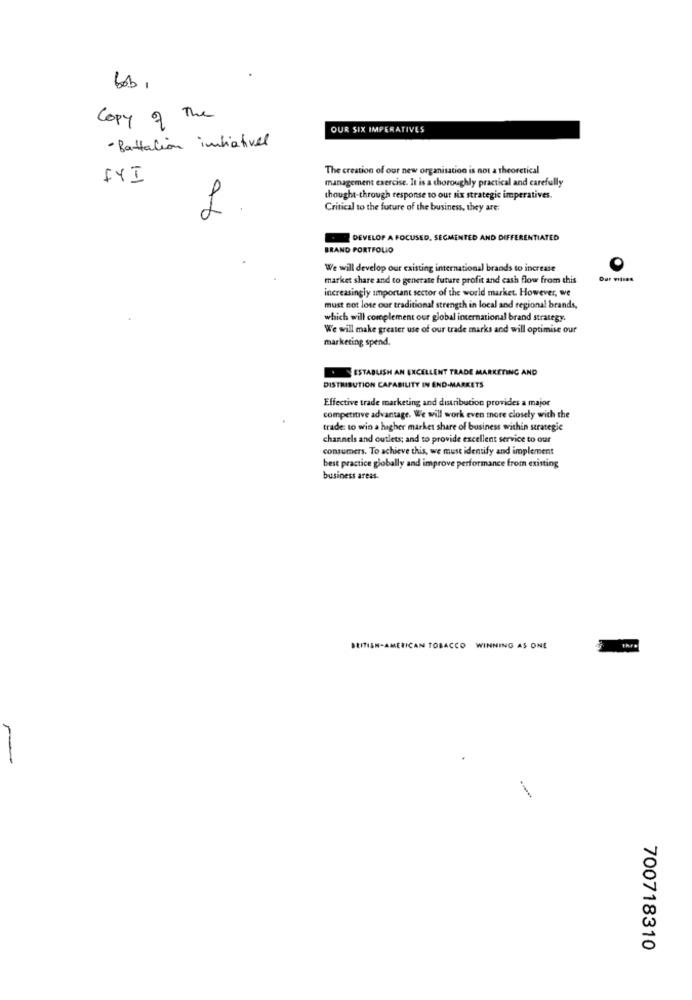
bob,
Copy of The
OUR SIX IMPERATIVES
- Battalion indiativel
The creation of our new organisation is not a theoretical
FYI
management exercise. It is a thoroughly practical and carefully
thought-through response to our nix strategic imperatives.
Critical to the future of the business, they are:
DEVELOP A FOCUSED, SEGMENTED AND DIFFERENTIATED
BRAND PORTFOLIO
We will develop our existing international brands to increase
market share and to generate future profit and cash flow from this
Our Visas
increasingly important sector of the world market. However, we
must not lose our traditional strength in local and regional brands,
which will complement our global international brand strategy.
We will make greater use of our trade marks and will optimise our
marketing spend.
ESTABLISH AN EXCELLENT TRADE MARKETING AND
DISTRIBUTION CAPABILITY IN END-MARKETS
Effective trade marketing and distribution provides a major
competitive advantage. We will work even more closely with the
trade: to win a higher market share of business within strategie
channels and outlets; and to provide excellent service to our
consumers. To achieve this, we must identify and implement
best practice globally and improve performance from existing
business areas.
BRITISH-AMERICAN TOBACCO WINNING AS ONE
700718310